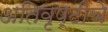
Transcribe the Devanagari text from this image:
अतिवृष्टीचे